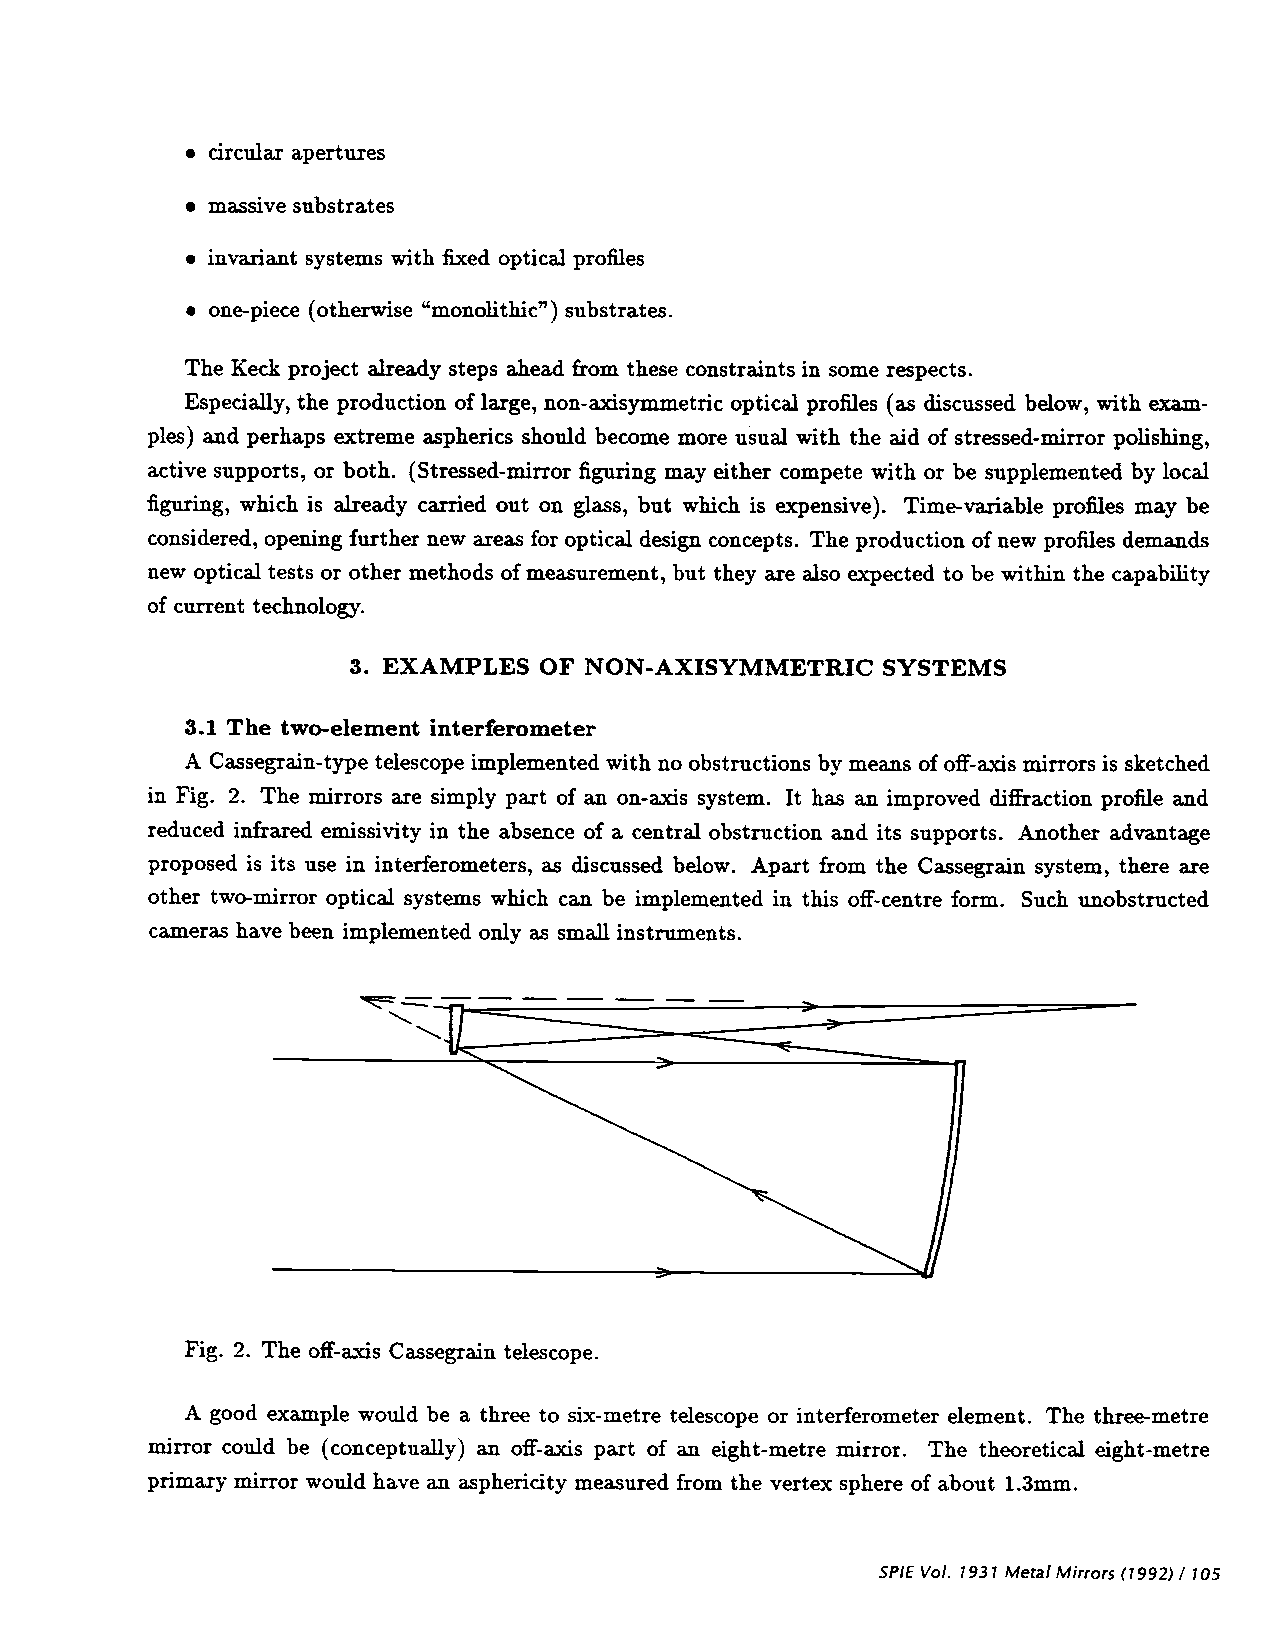
S circularapertures
 . massive substrates
 S invariantsystems with fixed optical profiles
 . one-piece (otherwise "monolithic") substrates.
 The Keck project already steps ahead from these constraints in some respects.
 Especially, the production of large, non-axisymmetric optical profiles (as discussed below, with exam-
 pies) and perhaps extreme aspherics should become more usual with the aid of stressed-mirror polishing,
 active supports, or both. (Stressed-mirror figuring may either compete with or be supplemented by local
 figuring, which is already carried out on glass, but which is expensive). Time-variable profiles may be
 considered, opening further new areas for optical design concepts. The production of new profiles demands
 new optical tests or other methods of measurement, but they are also expected to be within the capability
 of current technology.
 3. EXAMPLES OF NON-AXISYMMETRJC    SYSTEMS
 3.1 The two-element interferometer
 A Cassegrain-type telescope implemented with no obstructions by means of off-axis mirrors is sketched
 in Fig. 2. The mirrors are simply part of an on-axis system. It has an improved diffraction profIle and
 reduced infrared einissivity in the absence of a central obstruction and its supports. Another advantage
 proposed is its use in interferometers, as discussed below. Apart from the Cassegrain system, there are
 other two-mirror optical systems which can be implemented in this off-centre form. Such unobstructed
 cameras have been implemented only as small instruments.
 I
 Fig. 2. The off-axis Cassegrain telescope.
 A good example would be a three to six-metre telescope or interferometer element. The three-metre
 mirror could be (conceptually) an off-axis part of an eight-metre mirror. The theoretical eight-metre
 primary mirror would have an asphericity measured from the vertex sphere of about 1.3mm.
 SPIEVol. 1931 MetalMirrors(1992) / 105